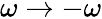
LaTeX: \omega\rightarrow-\omega